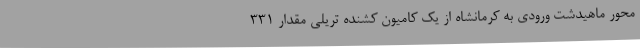
محور ماهیدشت ورودی به کرمانشاه از یک کامیون کشنده تریلی مقدار 331